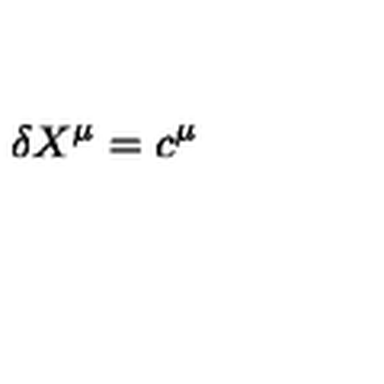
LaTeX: \delta X ^ { \mu } = c ^ { \mu }